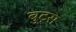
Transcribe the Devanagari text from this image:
बुट्स